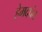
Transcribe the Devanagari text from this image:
हेमदपंत